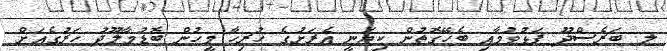
ލ. ބަރެސްދޫ ފަޅުވުމާއި ބެހޭގޮތުން ކިޔަނީ އެރަށުގެ ހުރިހާ މީހުން ބޮޑުމާލޫދު ހަރުގެއަށް